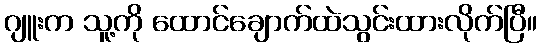
ဂျူးက သူ့ကို ထောင်ချောက်ထဲသွင်းထားလိုက်ပြီ။